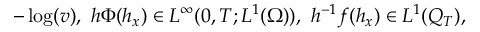
- \log ( v ) , \ h \Phi ( h _ { x } ) \in L ^ { \infty } ( 0 , T ; L ^ { 1 } ( \Omega ) ) , \ h ^ { - 1 } f ( h _ { x } ) \in L ^ { 1 } ( Q _ { T } ) ,